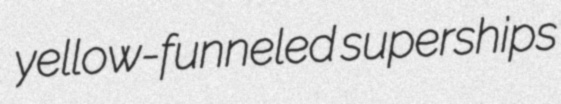
yellow-funneled superships